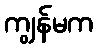
ကျွန်မက